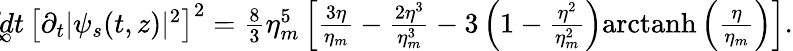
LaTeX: \begin{array}{rlr}&{}&{\! \! \! \! \! \! \! \! \! \! \! \! \! \! \! \! \! \! \! \! \int_{-\infty}^{\infty}\! \! \! \! dt\, \left[\partial_{t}|\psi_{s}(t,z)|^{2}\right]^{2}=\frac{8}{3}\eta_{m}^{5}\left[\frac{3\eta}{\eta_{m}}-\frac{2\eta^{3}}{\eta_{m}^{3}}-3\left(1-\frac{\eta^{2}}{\eta_{m}^{2}}\right)\mathrm{arctanh}\left(\frac{\eta}{\eta_{m}}\right)\right].}\end{array}